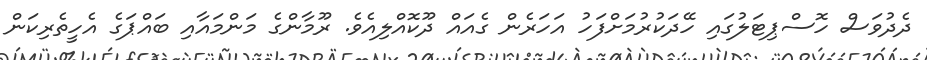
ދެދުވަސް ހޮސްޕިޓަލުގައި ހޭދަކުރުމަށްފަހު އަހަރެން ގެއައް ދޫކޮއްލިއެވެ. ރޫމާންގެ މަންމައާއި ބައްޕަގެ އެހީތެރިކަން